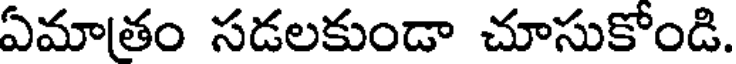
ఏమాతం సడలకుండా చూసుకోండి.